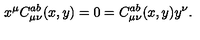
x ^ { \mu } C _ { \mu \nu } ^ { a b } ( x , y ) = 0 = C _ { \mu \nu } ^ { a b } ( x , y ) y ^ { \nu } .